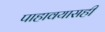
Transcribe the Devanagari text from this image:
पाहावयासही